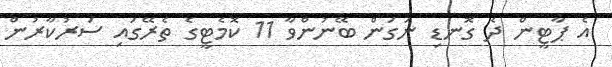
އެ ޕާޓީން ދެ ގޮނޑި ނަގަން ބޭނުންވާ 11 ކޮމެޓީގެ ތެރޭގައި ސަރުކާރުން